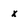
Character: x